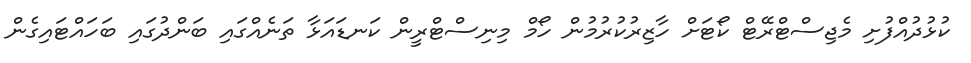
ކުޅުދުއްފުށި މެޖިސްޓްރޭޓް ކޯޓަށް ހާޒިރުކުރުމުން ހޯމް މިނިސްޓްރީން ކަނޑައަޅާ ތަނެއްގައި ބަންދުގައި ބަހައްޓައިގެން